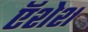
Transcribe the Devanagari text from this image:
ऍशेश